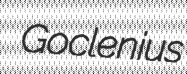
Goclenius